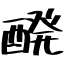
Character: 醗